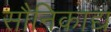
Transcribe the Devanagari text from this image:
सौनिकाद्य